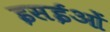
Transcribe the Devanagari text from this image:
इसईओं